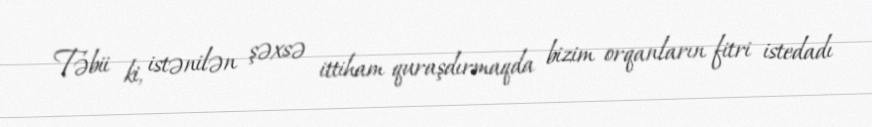
Təbii ki, istənilən şəxsə ittiham quraşdırmaqda bizim orqanların fitri istedadı